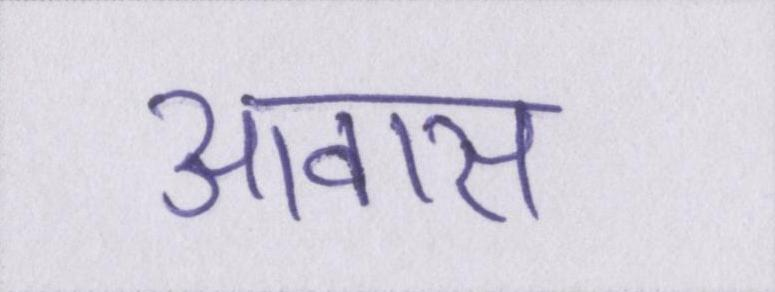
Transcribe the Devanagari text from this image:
आवास